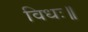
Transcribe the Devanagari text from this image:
विधः॥